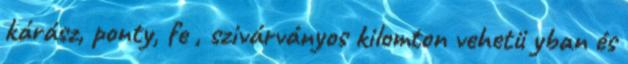
kárász, ponty, fe , szivárványos kilomton vehetü yban és